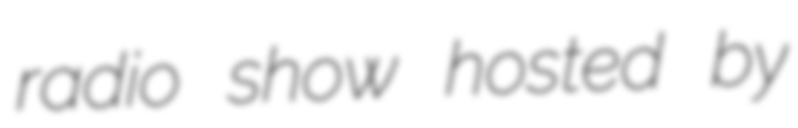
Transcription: radio show hosted by